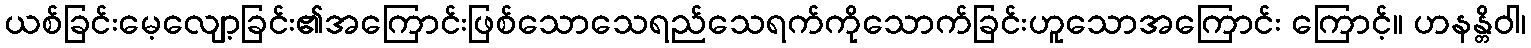
ယစ်ခြင်းမေ့လျော့ခြင်း၏အကြောင်းဖြစ်သောသေရည်သေရက်ကိုသောက်ခြင်းဟူသောအကြောင်း ကြောင့်။ ဟနန္တိဝါ၊